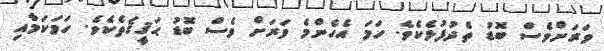
ވަރަށްވެސް ބޮޑު ތެދުފުޅެކެވެ. ހަމަ އެހެންމެ ވަރަށް ވެސް ބޮޑު ޙަޤީޤަތެކެވެ. ހަމަކަމާއި